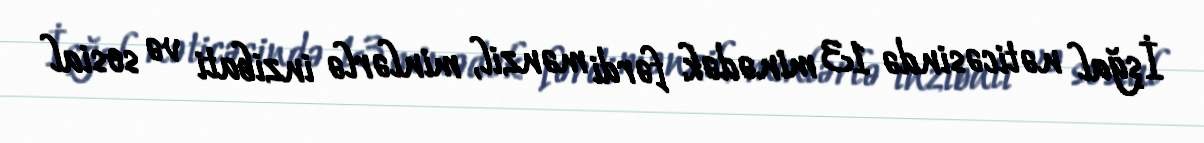
İşğal nəticəsində 13 minədək fərdi mənzil, minlərlə inzibati və sosial